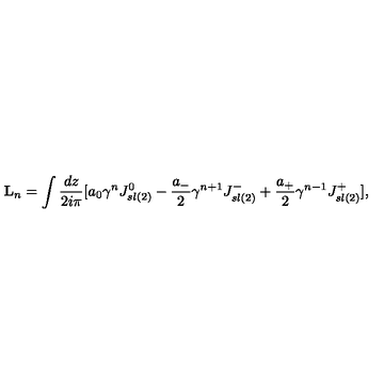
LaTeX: { \bf L } _ { n } = \int { \frac { d z } { 2 i \pi } } \lbrack a _ { 0 } { { \gamma } ^ { n } } J _ { s l ( 2 ) } ^ { 0 } - { \frac { a _ { - } } { 2 } } { { \gamma } ^ { n + 1 } } J _ { s l ( 2 ) } ^ { - } + { \frac { a _ { + } } { 2 } } { { \gamma } ^ { n - 1 } } J _ { s l ( 2 ) } ^ { + } \rbrack ,